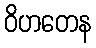
ဝိဟတေန